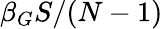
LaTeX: \beta_{G}S/(N-1)